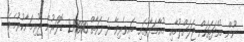
ނޫން މުއްދަތަކަށް ޖަލަށްލުމާއި މުއާމަލާތުގައި ބައިވެރިވާ ދެ ފަރާތް 270000 ޑޮލަރުން ޖޫރިމަނާކުރުމެވެ.